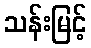
သန်းမြင့်